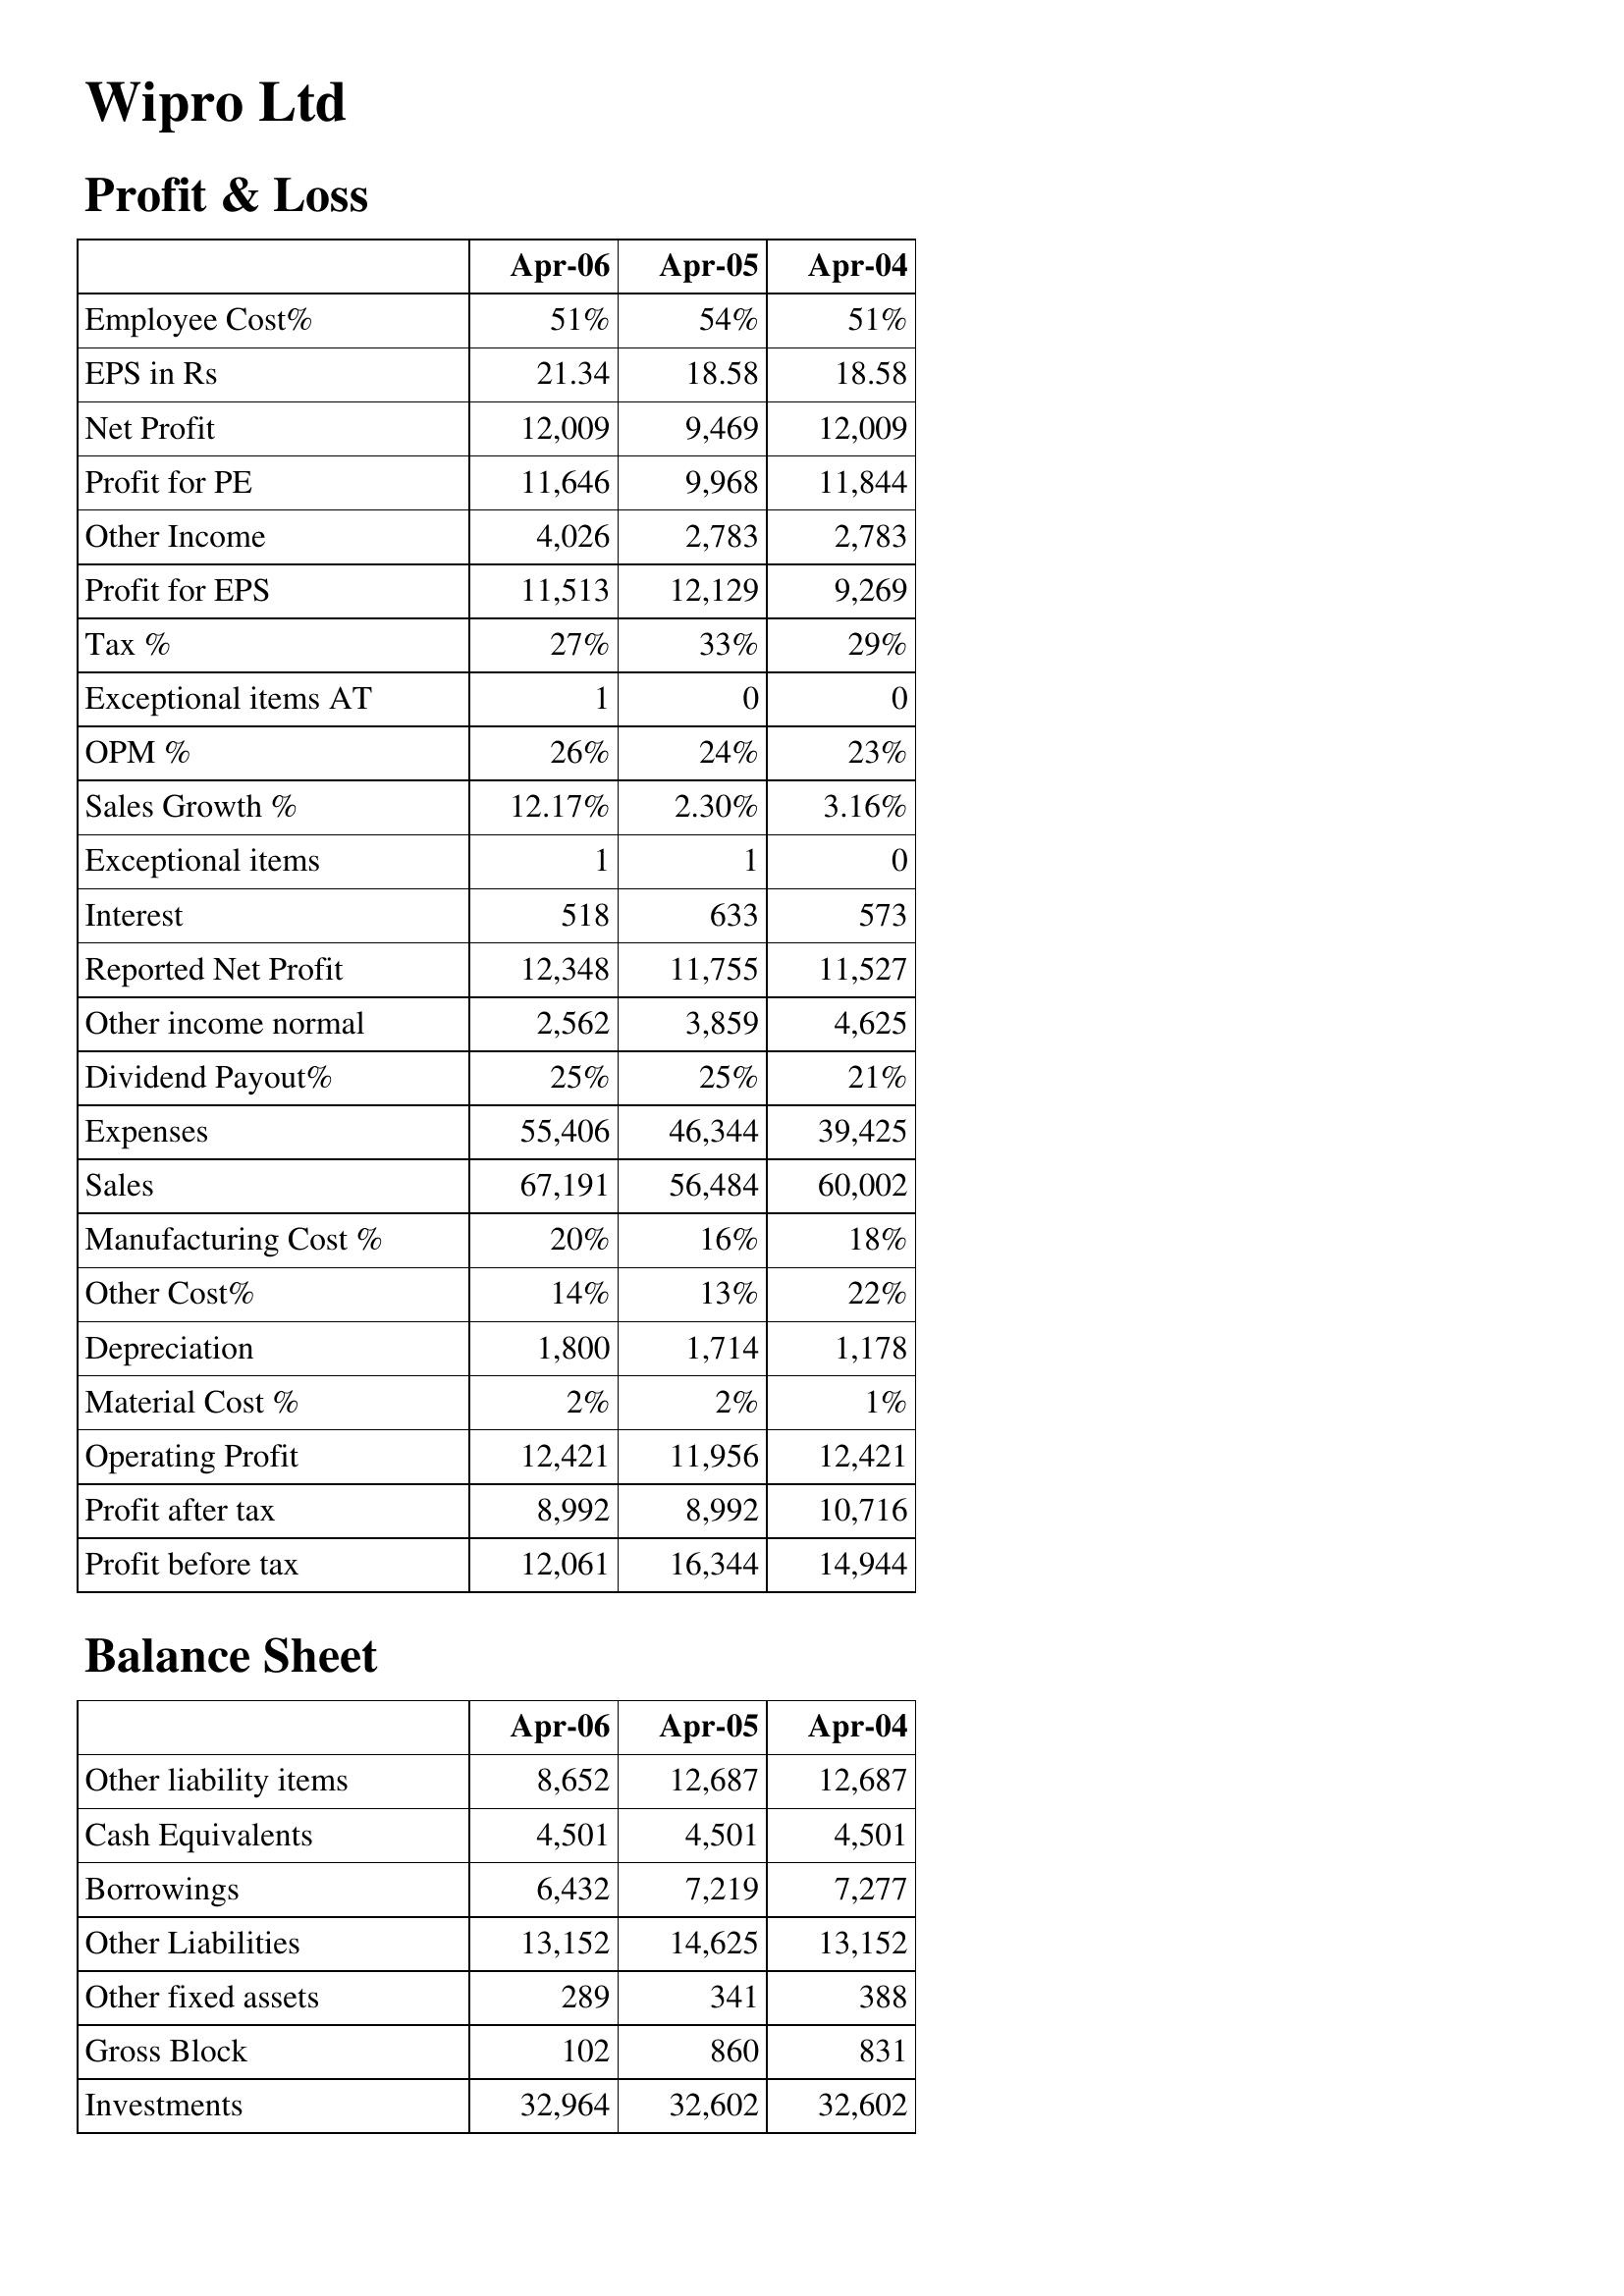
Apr-06: Profit & Loss: Employee Cost%: 51%
EPS in Rs: 21.34
Net Profit: 12,009
Profit for PE: 11,646
Other Income: 4,026
Profit for EPS: 11,513
Tax %: 27%
Exceptional items AT: 1
OPM %: 26%
Sales Growth %: 12.17%
Exceptional items: 1
Interest: 518
Reported Net Profit: 12,348
Other income normal: 2,562
Dividend Payout%: 25%
Expenses: 55,406
Sales: 67,191
Manufacturing Cost %: 20%
Other Cost%: 14%
Depreciation: 1,800
Material Cost %: 2%
Operating Profit: 12,421
Profit after tax: 8,992
Profit before tax: 12,061
Balance Sheet: Other liability items: 8,652
Cash Equivalents: 4,501
Borrowings: 6,432
Other Liabilities: 13,152
Other fixed assets: 289
Gross Block: 102
Investments: 32,964
Apr-05: Profit & Loss: Employee Cost%: 54%
EPS in Rs: 18.58
Net Profit: 9,469
Profit for PE: 9,968
Other Income: 2,783
Profit for EPS: 12,129
Tax %: 33%
Exceptional items AT: 0
OPM %: 24%
Sales Growth %: 2.30%
Exceptional items: 1
Interest: 633
Reported Net Profit: 11,755
Other income normal: 3,859
Dividend Payout%: 25%
Expenses: 46,344
Sales: 56,484
Manufacturing Cost %: 16%
Other Cost%: 13%
Depreciation: 1,714
Material Cost %: 2%
Operating Profit: 11,956
Profit after tax: 8,992
Profit before tax: 16,344
Balance Sheet: Other liability items: 12,687
Cash Equivalents: 4,501
Borrowings: 7,219
Other Liabilities: 14,625
Other fixed assets: 341
Gross Block: 860
Investments: 32,602
Apr-04: Profit & Loss: Employee Cost%: 51%
EPS in Rs: 18.58
Net Profit: 12,009
Profit for PE: 11,844
Other Income: 2,783
Profit for EPS: 9,269
Tax %: 29%
Exceptional items AT: 0
OPM %: 23%
Sales Growth %: 3.16%
Exceptional items: 0
Interest: 573
Reported Net Profit: 11,527
Other income normal: 4,625
Dividend Payout%: 21%
Expenses: 39,425
Sales: 60,002
Manufacturing Cost %: 18%
Other Cost%: 22%
Depreciation: 1,178
Material Cost %: 1%
Operating Profit: 12,421
Profit after tax: 10,716
Profit before tax: 14,944
Balance Sheet: Other liability items: 12,687
Cash Equivalents: 4,501
Borrowings: 7,277
Other Liabilities: 13,152
Other fixed assets: 388
Gross Block: 831
Investments: 32,602